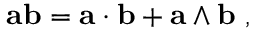
\mathbf { a b } = \mathbf { a \cdot b } + \mathbf { a \wedge b } \ ,